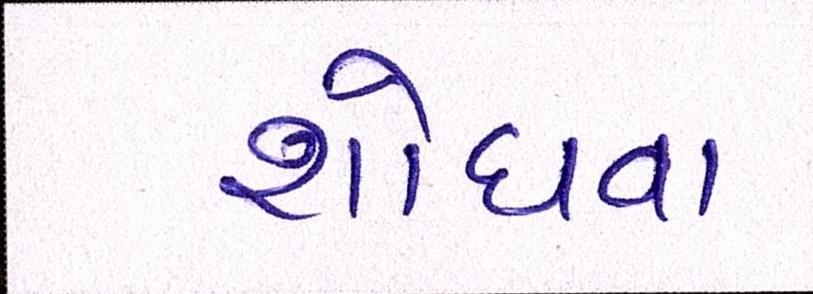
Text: શોધવા